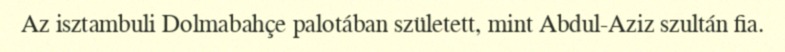
Az isztambuli Dolmabahçe palotában született, mint Abdul-Aziz szultán fia.